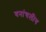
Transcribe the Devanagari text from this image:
वनांचलीय